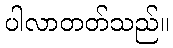
ပါလာတတ်သည်။